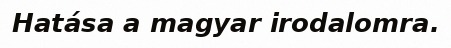
Hatása a magyar irodalomra.